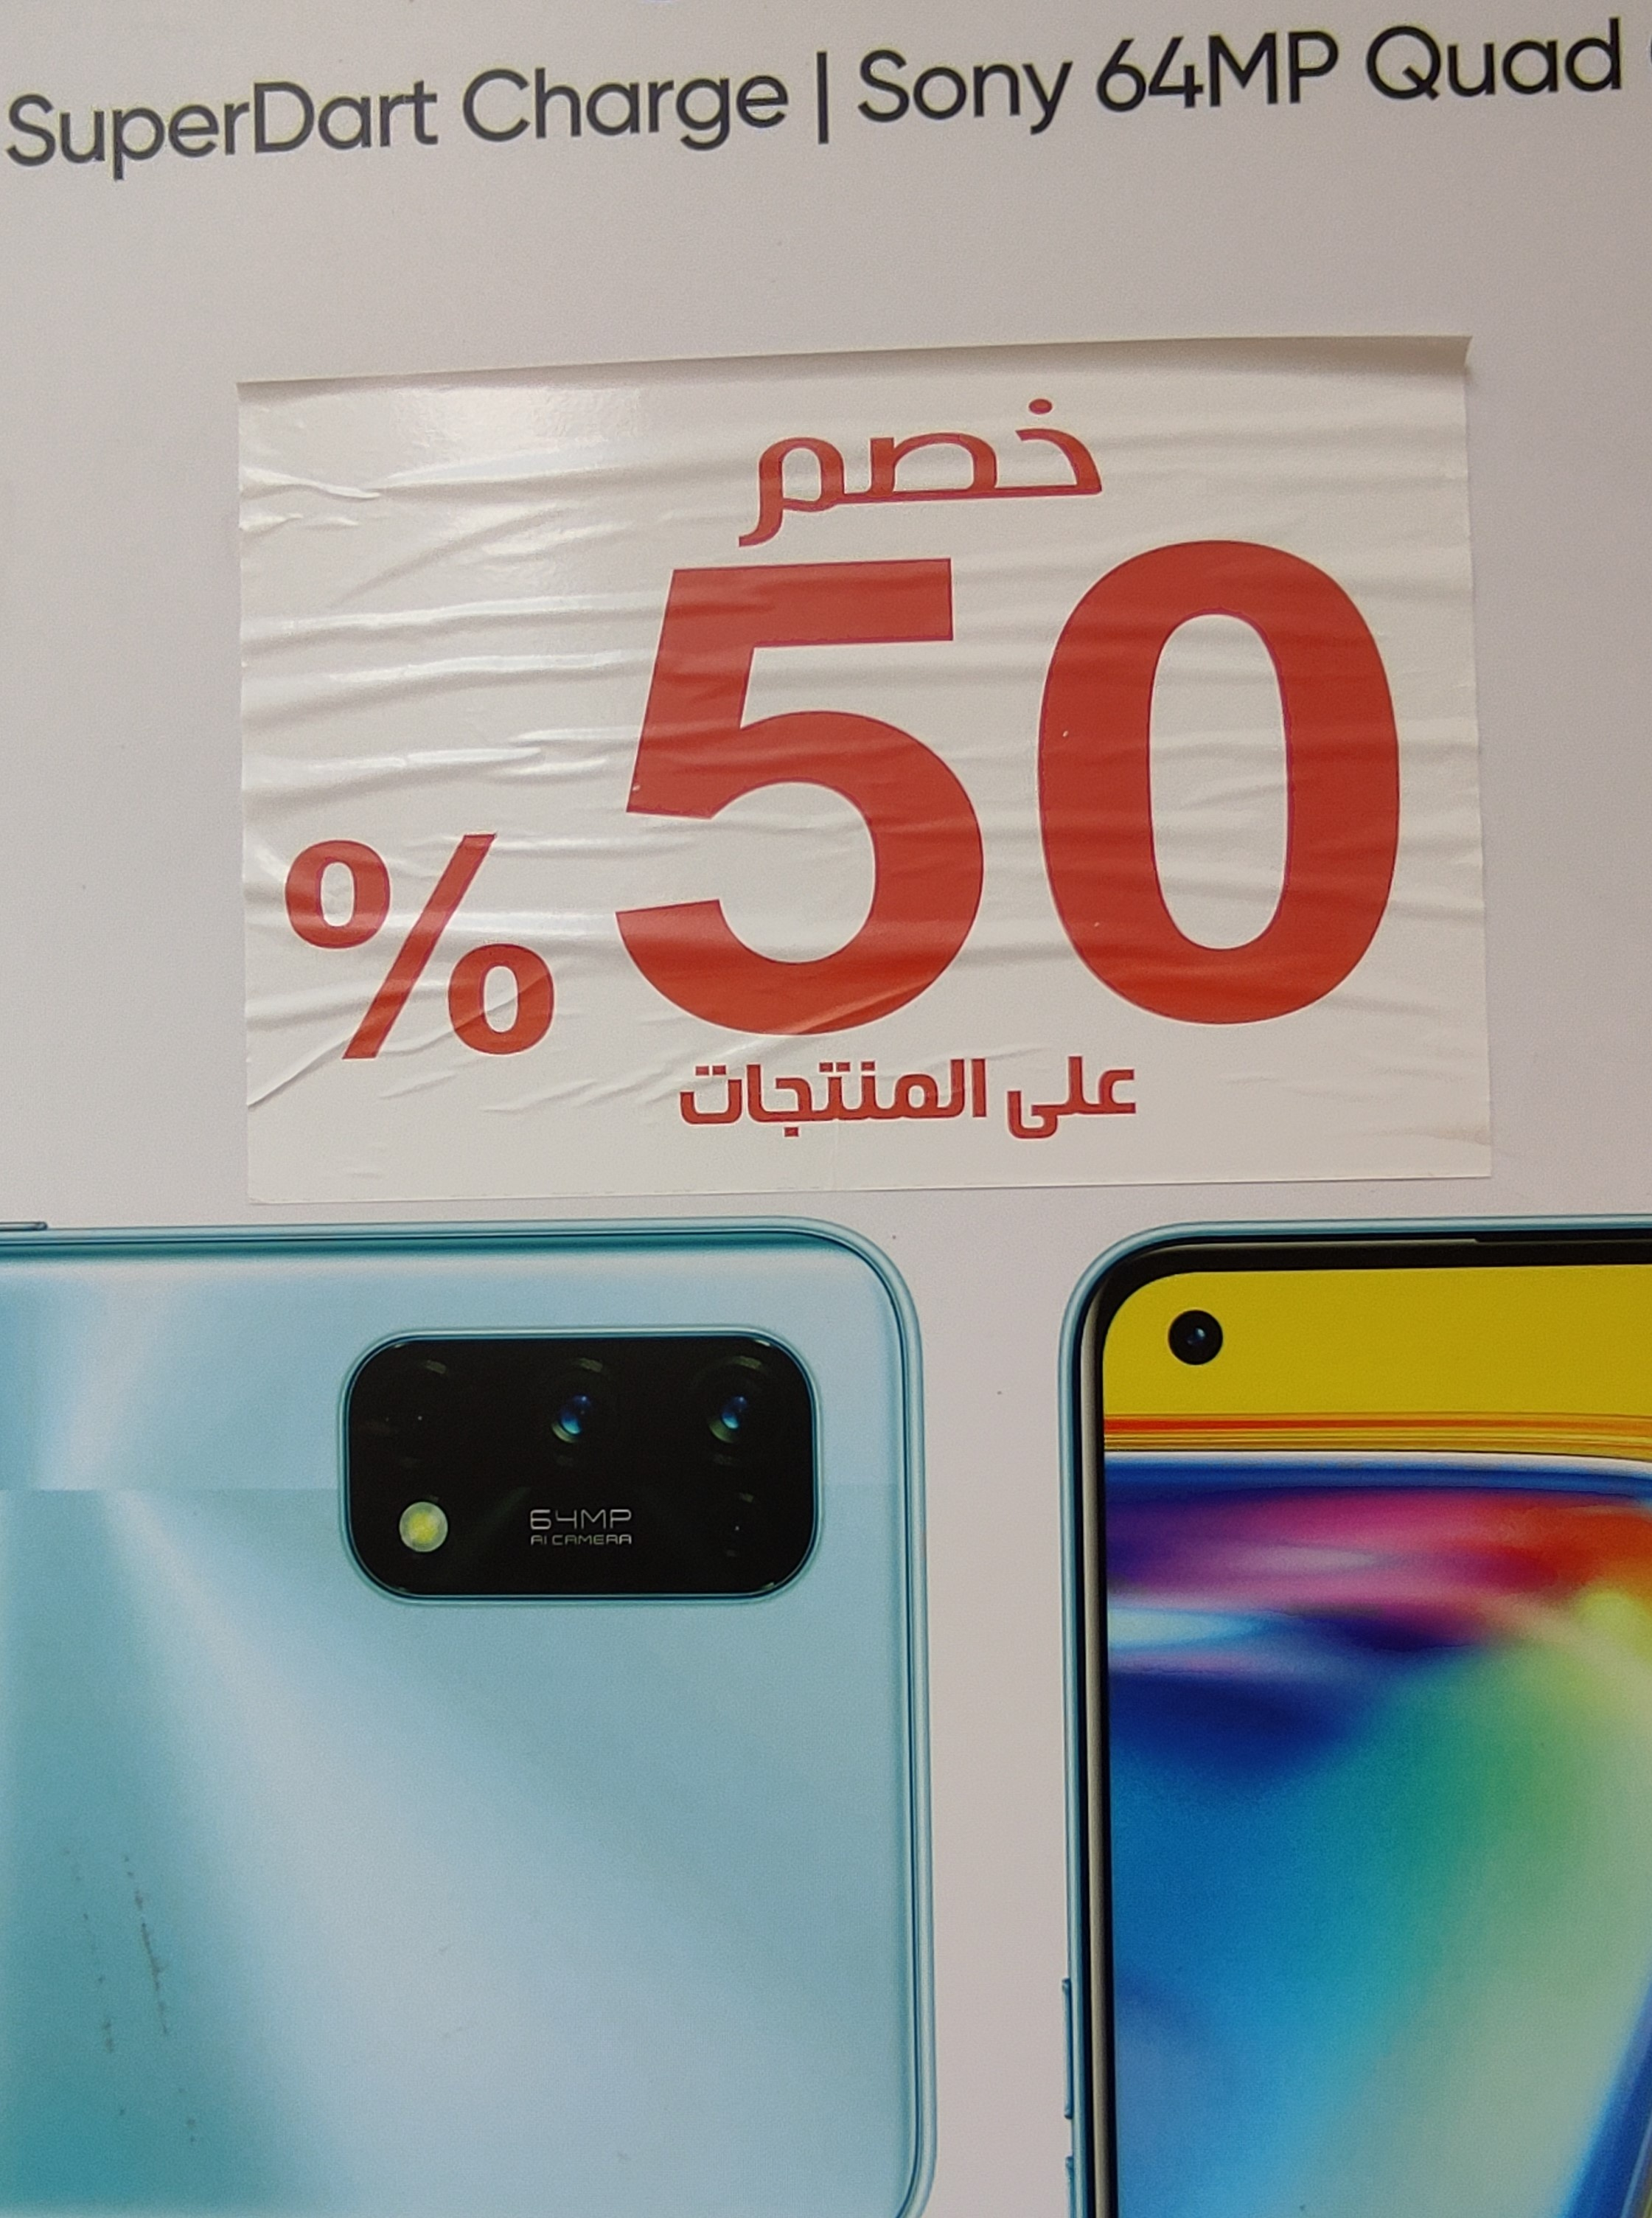
Text in image: خصم على المنتجات Quad 64MP Sony Charge SuperDart 50 %